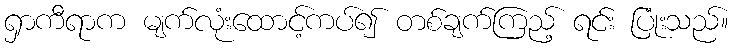
ရှာကီရာက မျက်လုံးထောင့်ကပ်၍ တစ်ချက်ကြည့် ရင်း ပြုံးသည်။